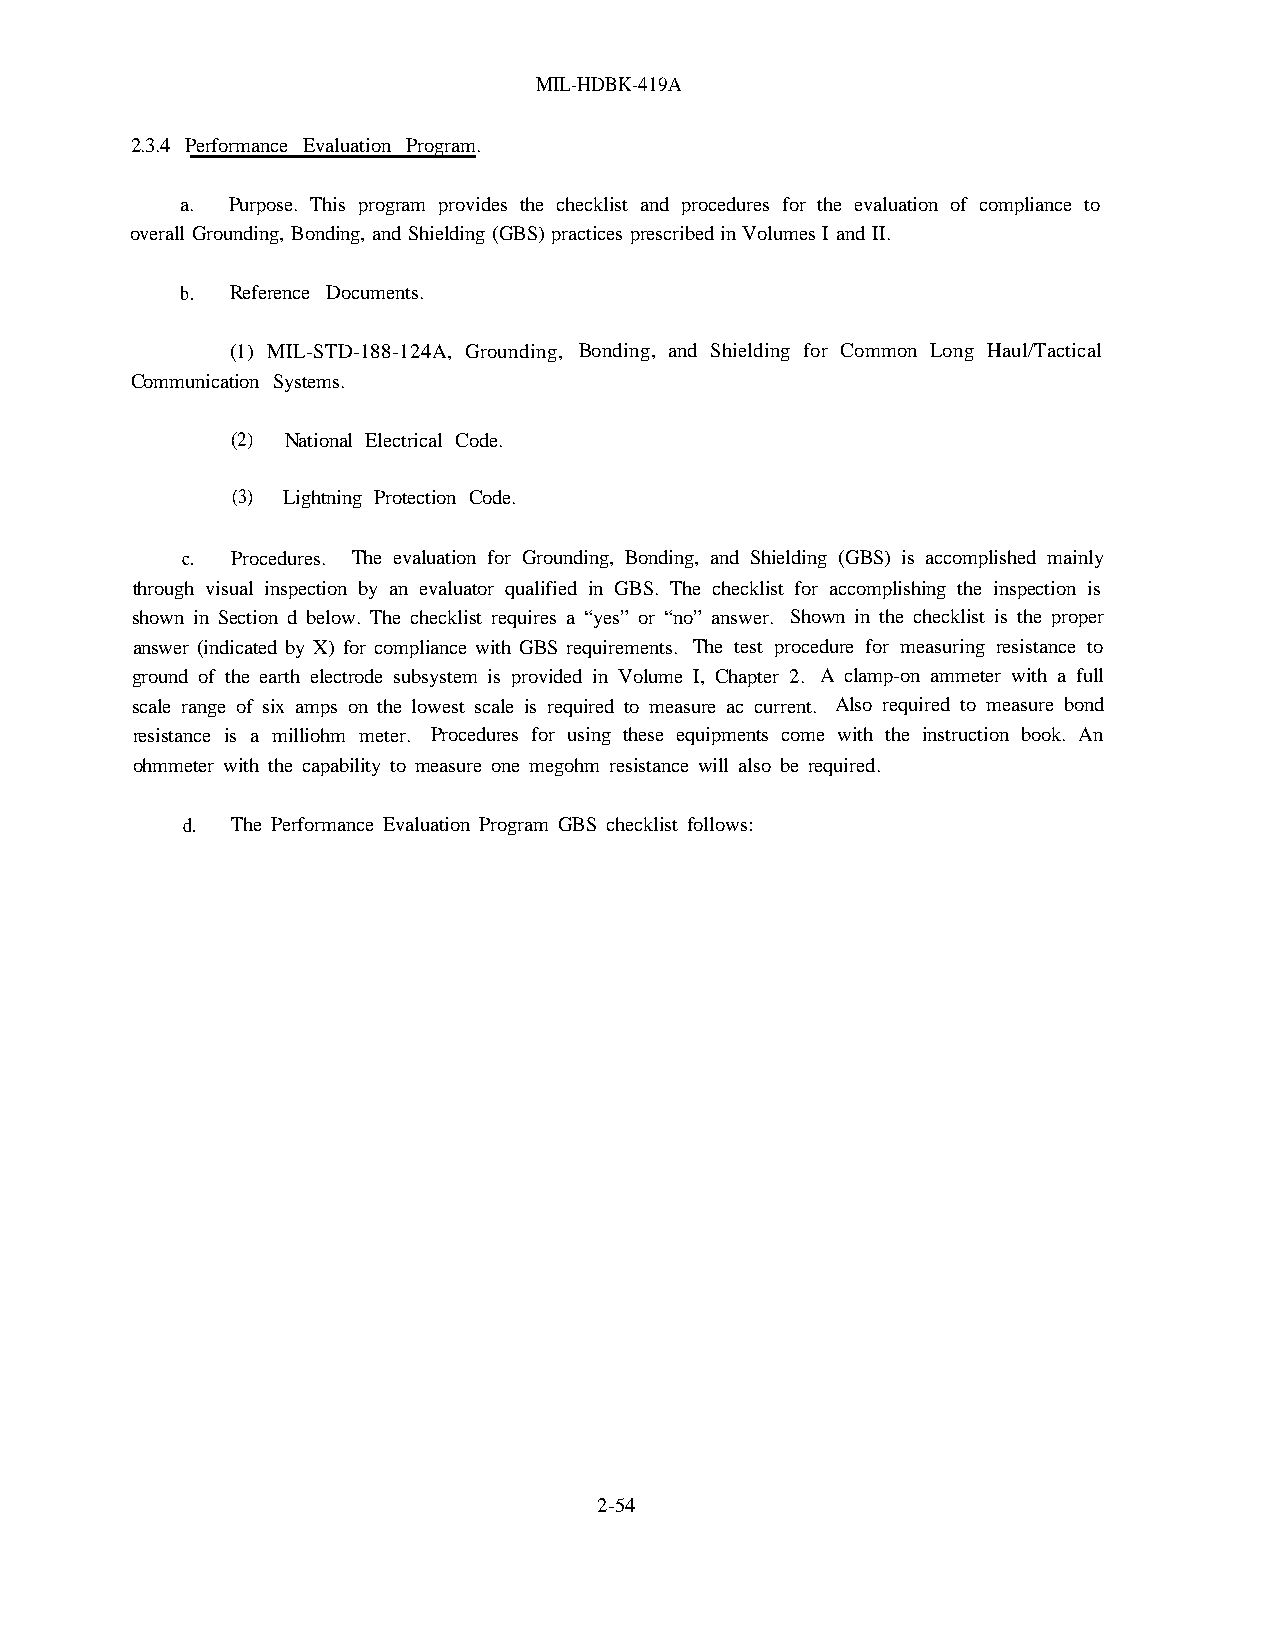
MIL-HDBK-419A
 2.3.4 Performance Evaluation Program.
 a. Purpose. This program provides the checklist and procedures for the evaluation of compliance to
 overall Grounding, Bonding, and Shielding (GBS) practices prescribed in Volumes I and II.
 b. Reference Documents.
 (1) MIL-STD-188-124A, Grounding, Bonding, and Shielding for Common Long Haul/Tactical
 Communication Systems.
 (2) National Electrical Code.
 (3) Lightning Protection Code.
 c. Procedures. The evaluation for Grounding, Bonding, and Shielding (GBS) is accomplished mainly
 through visual inspection by an evaluator qualified in GBS. The checklist for accomplishing the inspection is
 shown in Section d below. The checklist requires a “yes” or “no” answer. Shown in the checklist is the proper
 answer (indicated by X) for compliance with GBS requirements. The test procedure for measuring resistance to
 ground of the earth electrode subsystem is provided in Volume I, Chapter 2. A clamp-on ammeter with a full
 scale range of six amps on the lowest scale is required to measure ac current. Also required to measure bond
 resistance is a milliohm meter. Procedures for using these equipments come with the instruction book. An
 ohmmeter with the capability to measure one megohm resistance will also be required.
 d. The Performance Evaluation Program GBS checklist follows:
 2-54